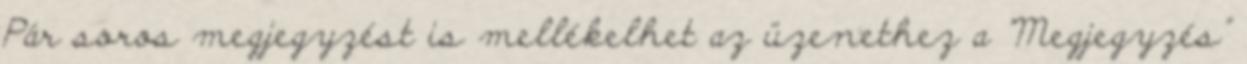
Pár soros megjegyzést is mellékelhet az üzenethez a "Megjegyzés"